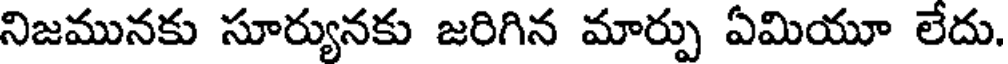
నిజమునకు సూర్యునకు జరిగిన మార్పు ఏమియూ లేదు.